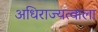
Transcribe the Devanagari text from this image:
अधिराज्यत्वाला